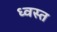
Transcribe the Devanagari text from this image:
ध्वस्‍त